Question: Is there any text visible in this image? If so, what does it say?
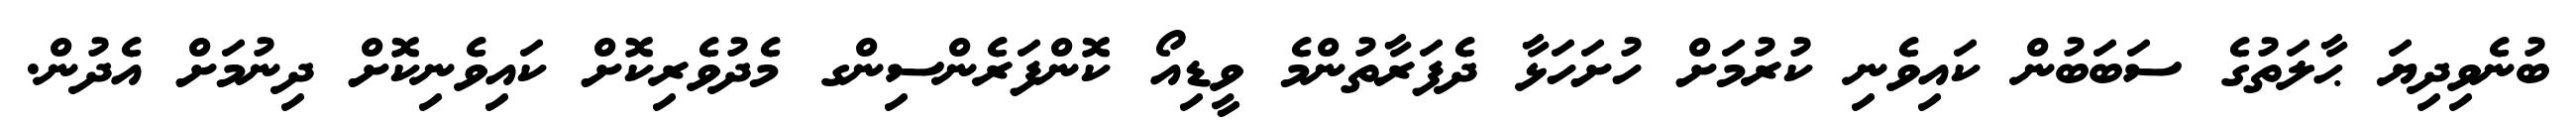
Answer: ބުނެވިދިޔަ ޙާލަތުގެ ސަބަބުން ކައިވެނި ކުރުމަށް ހުށަހަޅާ ދެފަރާތުންމެ ވީޑިއޯ ކޮންފަރެންސިންގ މެދުވެރިކޮށް ކައިވެނިކޮށް ދިނުމަށް އެދުން.